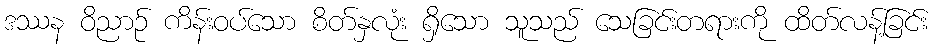
ဒဿန ဝိညာဉ် ကိန်းဝပ်သော စိတ်နှလုံး ရှိသော သူသည် သေခြင်းတရားကို ထိတ်လန့်ခြင်း